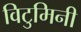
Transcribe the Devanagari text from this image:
विटुमिनी